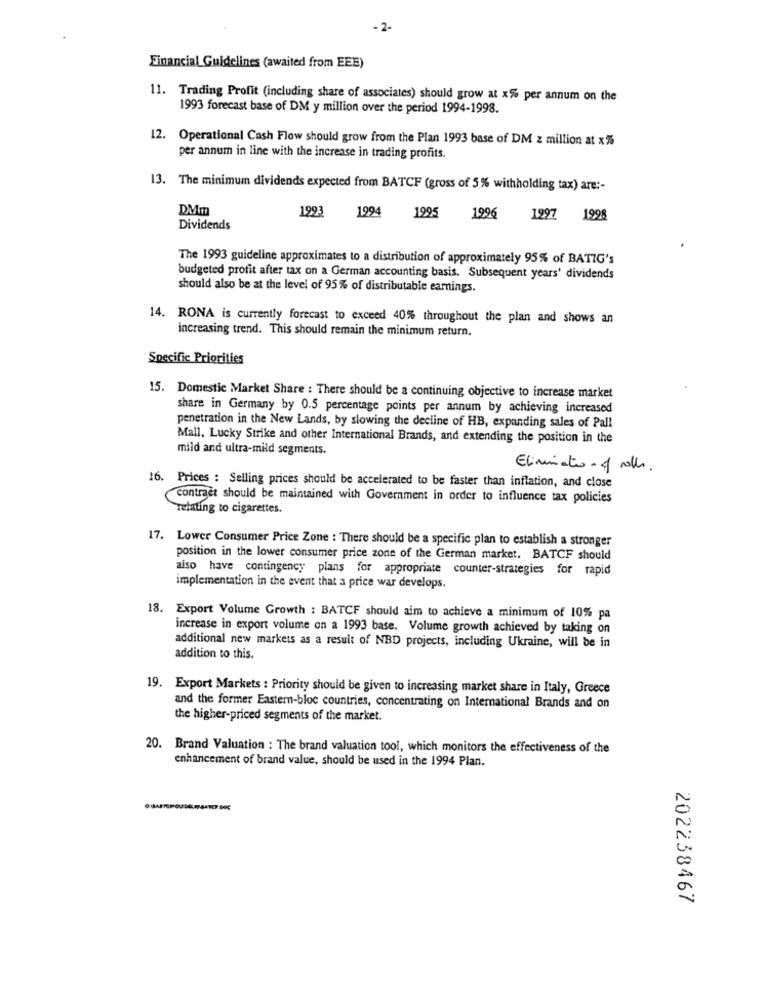
- 2-
Financial Guidelines (awaited from EEE)
11. Trading Profit (including share of associates) should grow at x% per annum on the
1993 forecast base of DM y million over the period 1994-1998.
12. Operational Cash Flow should grow from the Plan 1993 base of DM z million at x%
per annum in line with the increase in trading profits.
13. The minimum dividends expected from BATCF (gross of 5% withholding tax) are :-
DMm
1993
1994
1995
1996
1297 1998
Dividends
The 1993 guideline approximates to a distribution of approximately 95% of BATIG's
budgeted profit after tax on a German accounting basis. Subsequent years' dividends
should also be at the level of 95% of distributable earnings.
14. RONA is currently forecast to exceed 40% throughout the plan and shows an
increasing trend. This should remain the minimum return.
Specific Priorities
15. Domestic Market Share : There should be a continuing objective to increase market
share in Germany by 0.5 percentage points per annum by achieving increased
penetration in the New Lands, by slowing the decline of HB, expanding sales of Pall
Mall, Lucky Strike and other International Brands, and extending the position in the
mild and ultra-mild segments.
Elimination of rolle.
16. Prices : Selling prices should be accelerated to be faster than inflation, and close
contract should be maintained with Government in order to influence tax policies
relating to cigarettes.
17. Lower Consumer Price Zone : There should be a specific plan to establish a stronger
position in the lower consumer price zone of the German market. BATCF should
also have contingency plans for appropriate counter-strategies for rapid
implementation in the event that a price war develops.
18. Export Volume Growth : BATCF should aim to achieve a minimum of 10% pa
increase in export volume on a 1993 base. Volume growth achieved by taking on
additional new markets as a result of NBD projects, including Ukraine, will be in
addition to this.
19. Export Markets : Priority should be given to increasing market share in Italy, Greece
and the former Eastern-bloc countries, concentrating on International Brands and on
the higher-priced segments of the market.
20. Brand Valuation : The brand valuation tool, which monitors the effectiveness of the
enhancement of brand value, should be used in the 1994 Plan.
202238467